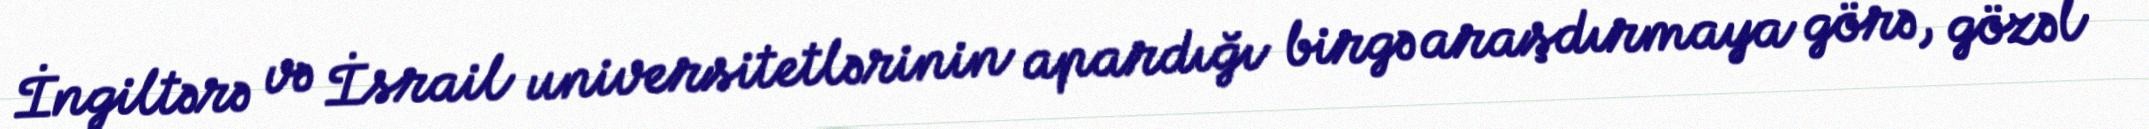
İngiltərə və İsrail universitetlərinin apardığı birgə araşdırmaya görə, gözəl